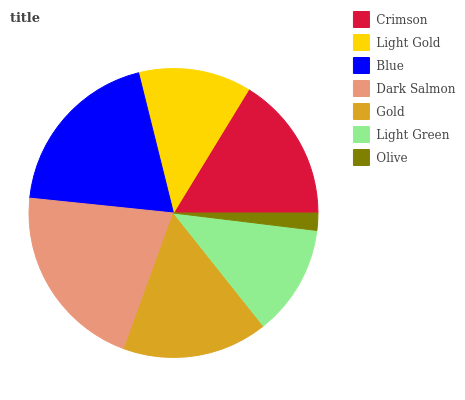
| Crimson | Light Gold | Blue | Dark Salmon | Gold | Light Green | Olive |
 | --- | --- | --- | --- | --- | --- | --- |
 | 16.2% | 12.6% | 19.4% | 21.2% | 16.2% | 12.4% | 1.93% |